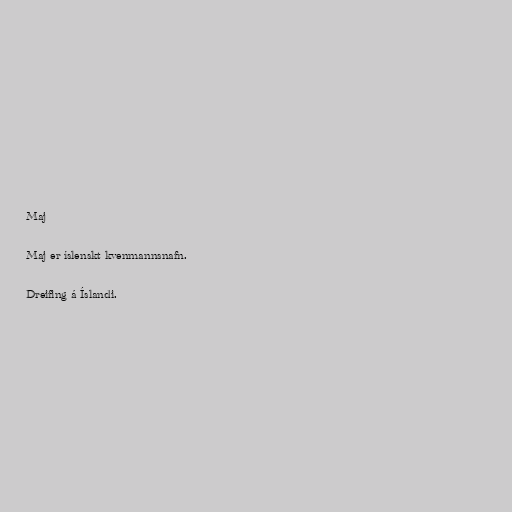
Maj

Maj er íslenskt kvenmannsnafn.

Dreifing á Íslandi.